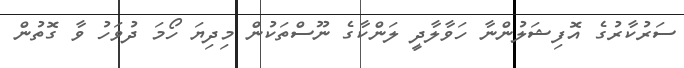
ސަރުކާރުގެ އޮފިޝަލުންނާ ހަވާލާދީ ލަންކާގެ ނޫސްތަކުން މިދިޔަ ހޯމަ ދުވަހު ވާ ގޮތުން